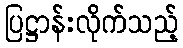
ပြဋ္ဌာန်းလိုက်သည့်